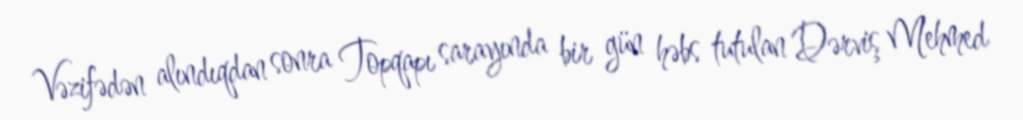
Vəzifədən alındıqdan sonra Topqapı sarayında bir gün həbs tutulan Dərviş Mehmed